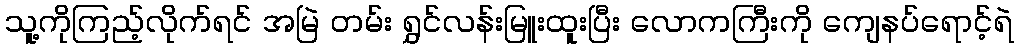
သူ့ကိုကြည့်လိုက်ရင် အမြဲ တမ်း ရွှင်လန်းမြူးထူးပြီး လောကကြီးကို ကျေနပ်ရောင့်ရဲ